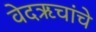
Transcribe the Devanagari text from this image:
वेदऋचांचे